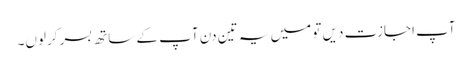
آپ اجازت دیں تو میں یہ تین دن آپ کے ساتھ بسر کرلوں۔